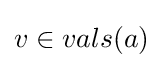
{\textstyle v\in vals(a)}